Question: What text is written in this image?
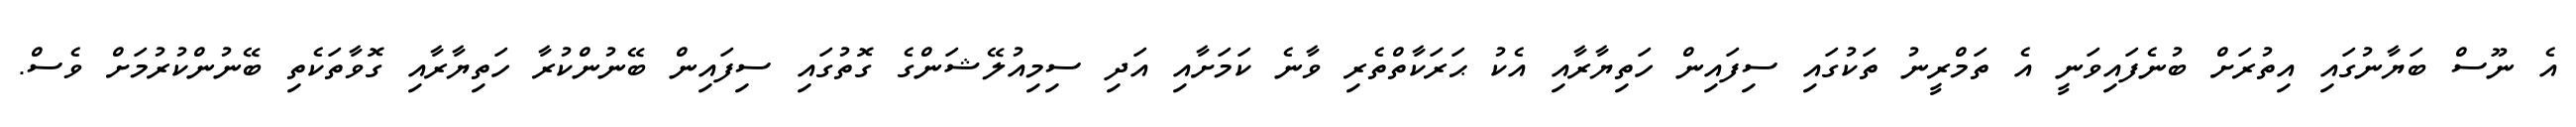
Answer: އެ ނޫސް ބަޔާނުގައި އިތުރަށް ބުނެފައިވަނީ އެ ތަމްރީނު ތަކުގައި ސިފައިން ހަތިޔާރާއި އެކު ޙަރަކާތްތެރި ވާނެ ކަމަށާއި އަދި ސިމިއުލޭޝަންގެ ގޮތުގައި ސިފައިން ބޭނުންކުރާ ހަތިޔާރާއި ގޮވާތަކެތި ބޭނުންކުރުމަށް ވެސް.